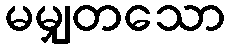
မမျှတသော